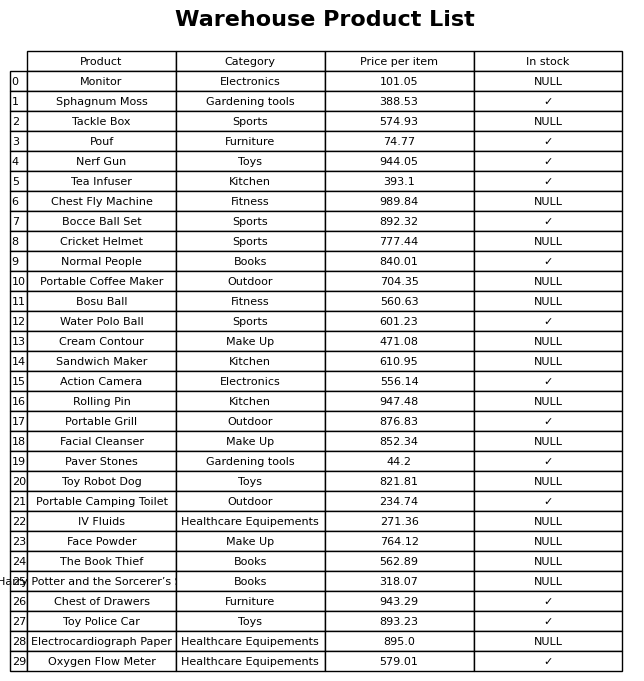
question: What is the price of the Facial Cleanser?
answer: The price of Facial Cleanser is 852.34.